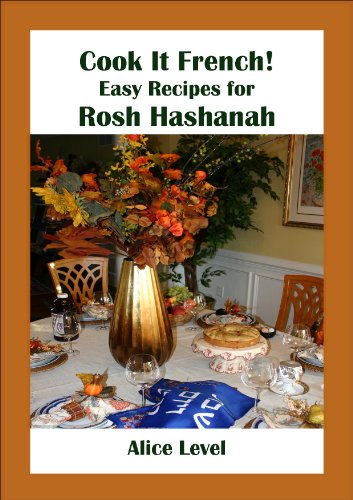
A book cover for Cook It French! Easy Recipes for Rosh Hashanah; Alice Level; Cookbooks, Food & Wine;